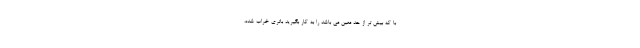
با که بیش تر از حد معین می باشد را به کار بگیرید باتری خراب شده،